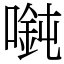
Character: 𫫲